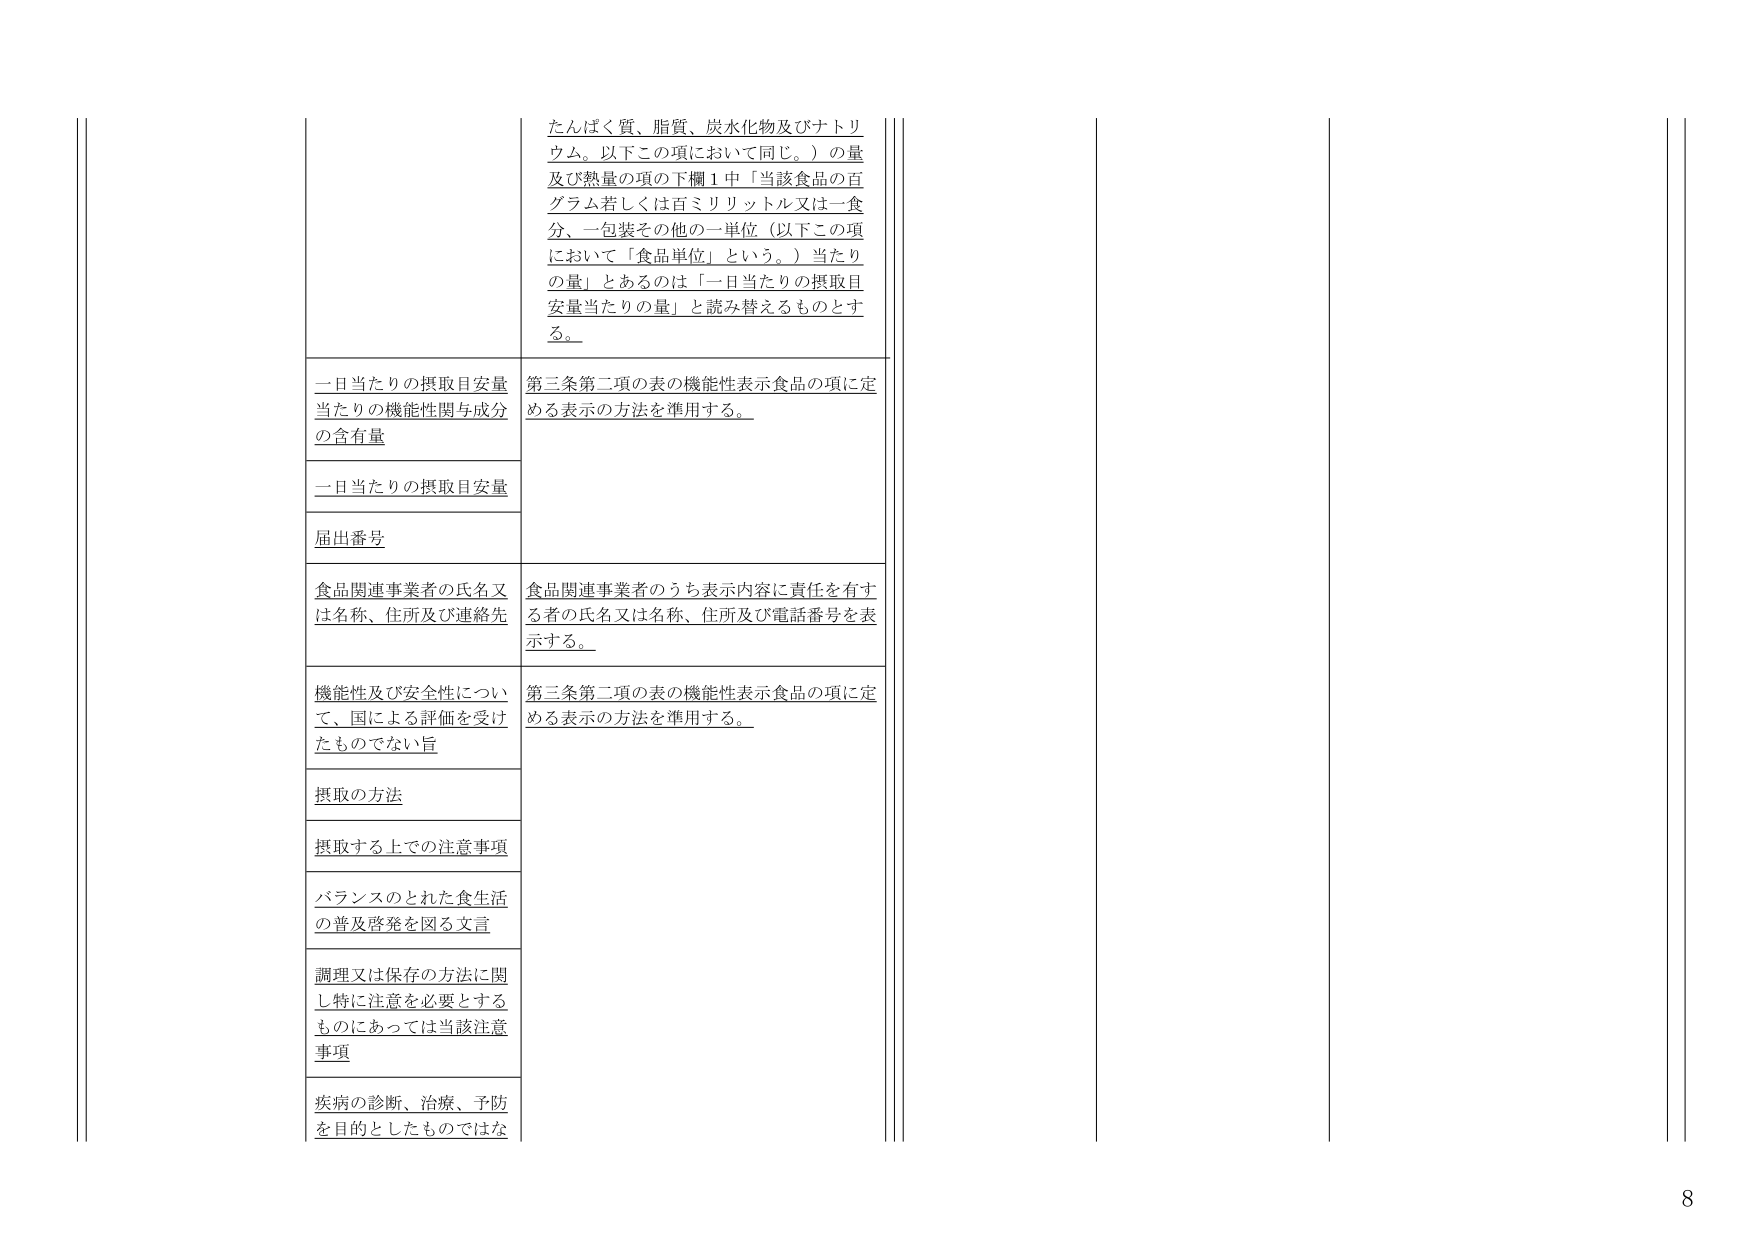
たんぱく質、脂質、炭水化物及びナトリウム。以下この項において同じ。）の量及び熱量の項の下欄１中「当該食品の百グラム若しくは百ミリリットル又は一食分、一包装その他の一単位（以下この項において「食品単位」という。）当たりの量」とあるのは「一日当たりの摂取目安量当たりの量」と読み替えるものとする。

一日当たりの摂取目安量当たりの機能性関与成分の含有量
第三条第二項の表の機能性表示食品の項に定める表示の方法を準用する。

一日当たりの摂取目安量

届出番号

食品関連事業者の氏名又は名称、住所及び連絡先
食品関連事業者のうち表示内容に責任を有する者の氏名又は名称、住所及び電話番号を表示する。

機能性及び安全性について、国による評価を受けたものでない旨
第三条第二項の表の機能性表示食品の項に定める表示の方法を準用する。

摂取の方法

摂取する上での注意事項

バランスのとれた食生活の普及啓発を図る文言

調理又は保存の方法に関し特に注意を必要とするものにあっては当該注意事項

疾病の診断、治療、予防を目的としたものではな

8